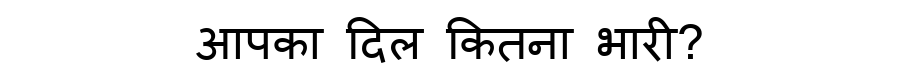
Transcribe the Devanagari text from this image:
आपका दिल कितना भारी?